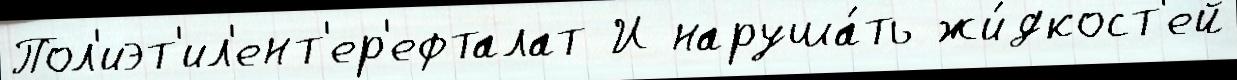
Пол'иэт'ил'ент'ер'ефталат И наруша́ть жи́дкост'ей